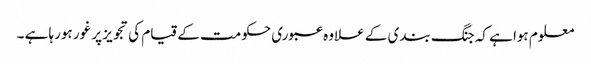
معلوم ہوا ہے کہ جنگ بندی کے علاوہ عبوری حکومت کے قیام کی تجویز پر غور ہورہا ہے ۔